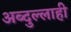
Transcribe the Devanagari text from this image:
अब्दुल्लाही